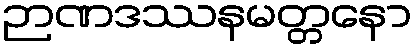
ဉာဏဒဿနမတ္တနော